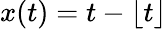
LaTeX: x(t)=t-\lfloor t\rfloor